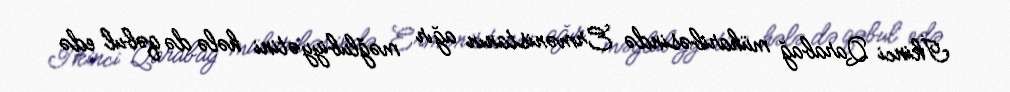
İkinci Qarabağ müharibəsində Ermənistanın ağır məğlubiyyətini hələ də qəbul edə